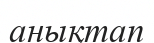
анықтап